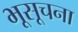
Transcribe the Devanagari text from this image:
भूसूचना